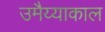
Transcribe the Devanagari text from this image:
उमैय्याकाल